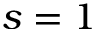
s = 1